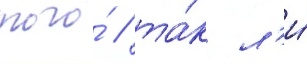
того́ / та́к л'и́